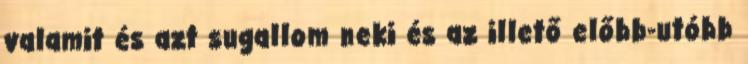
valamit és azt sugallom neki és az illető előbb-utóbb